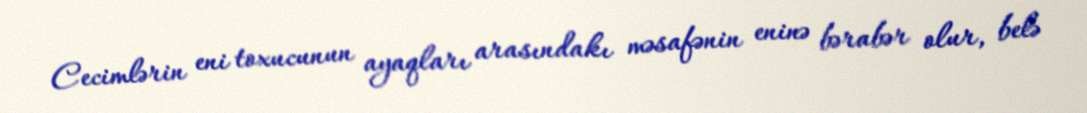
Cecimlərin eni toxucunun ayaqları arasındakı məsafənin eninə bərabər olur, belə